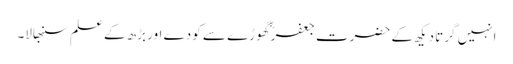
انہیں گرتا دیکھ کے حضرت جعفرؓ گھوڑے سے کودے اور بڑھ کے علم سنبھالا۔